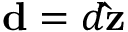
\mathbf { d } = d \mathbf { \hat { z } }